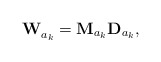
\begin{align*}\mathbf{W}_{a_k}^{} = \mathbf{M}_{a_k}\mathbf{D}_{a_k},\end{align*}